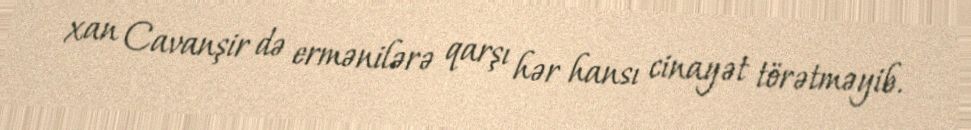
xan Cavanşir də ermənilərə qarşı hər hansı cinayət törətməyib.